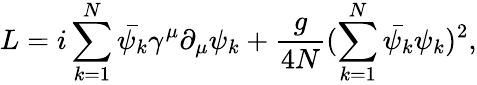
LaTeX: L=i\sum_{k=1}^{N}\bar{\psi_{k}}\gamma^{\mu}\partial_{\mu}\psi_{k}+\frac{g}{4N}(\sum_{k=1}^{N}\bar{\psi_{k}}\psi_{k})^{2},